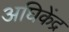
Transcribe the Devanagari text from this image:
अघिकेंद्र